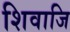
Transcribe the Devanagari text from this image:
शिवाजि